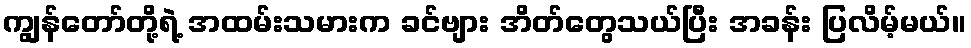
ကျွန်တော်တို့ရဲ့ အထမ်းသမားက ခင်ဗျား အိတ်တွေသယ်ပြီး အခန်း ပြလိမ့်မယ်။